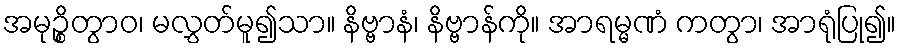
အမုဉ္စိတွာဝ၊ မလွှတ်မူ၍သာ။ နိဗ္ဗာနံ၊ နိဗ္ဗာန်ကို။ အာရမ္မဏံ ကတွာ၊ အာရုံပြု၍။